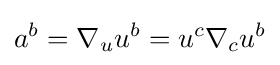
a^{b}=\nabla _{u}u^{b}=u^{c}\nabla _{c}u^{b}